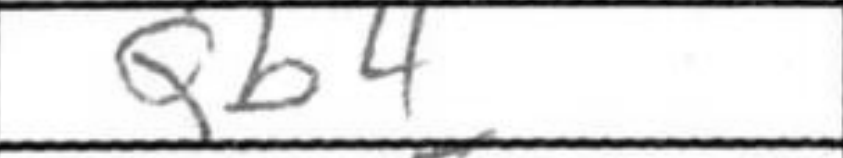
Transcription: Qb4